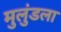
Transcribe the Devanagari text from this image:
मुलुंडला